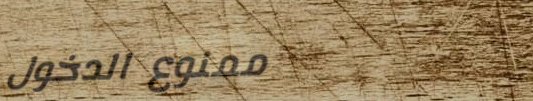
ممنوع الدخول